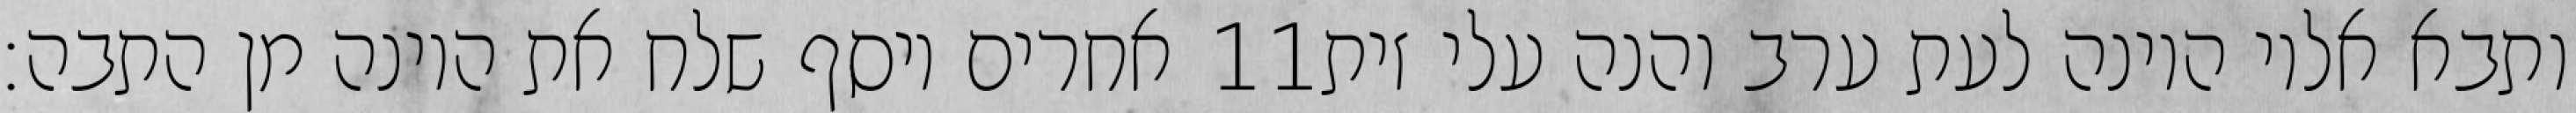
אחרים ויסף שלח את היונה מן התבה׃ ‎11‏ ותבא אליו היונה לעת ערב והנה עלי זית